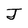
Character: J